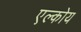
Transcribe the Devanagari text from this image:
एल्कोय